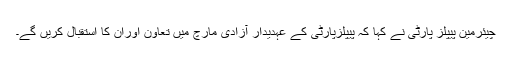
چیئرمین پیپلز پارٹی نے کہا کہ پیپلزپارٹی کے عہدیدار آزادی مارچ میں تعاون اوران کا استقبال کریں گے۔